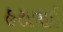
હટાવાઈ